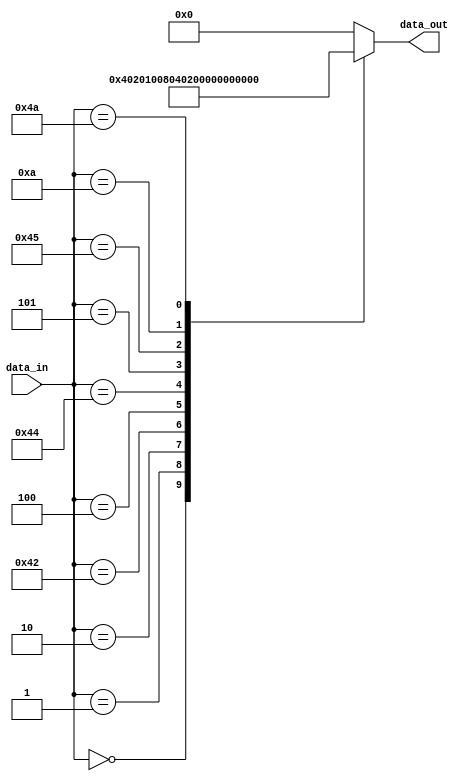
module decoder(

    input [7:0] data_in,
    output [9:0] data_out
);

reg [9:0] data_reg;

always @*
    case (data_in)
      8'h00: data_reg = 1;
      8'h01: data_reg = 2;
      8'h02: data_reg = 4;
      8'h42: data_reg = 8;
      8'h04: data_reg = 16;
      8'h44: data_reg = 32;
      8'h05: data_reg = 64;
      8'h45: data_reg = 128;
      8'h0a: data_reg = 256;
      8'h4a: data_reg = 512;  
      default: data_reg = 0;  
    endcase

assign data_out = data_reg;

endmodule